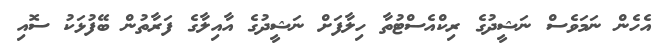
އެހެން ނަމަވެސް ނަޝީދުގެ ރިކްއެސްޓުތާ ހިލާފަށް ނަޝީދުގެ އާއިލާގެ ފަރާތުން ބޭފުޅަކު ސޮއި